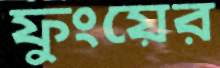
ফুংয়ের